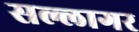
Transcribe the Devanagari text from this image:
सल्लागर